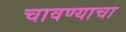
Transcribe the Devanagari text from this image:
चावण्याचा